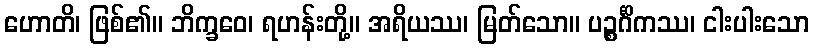
ဟောတိ၊ ဖြစ်၏။ ဘိက္ခဝေ၊ ရဟန်းတို့။ အရိယဿ၊ မြတ်သော။ ပဉ္စင်္ဂိကဿ၊ ငါးပါးသော